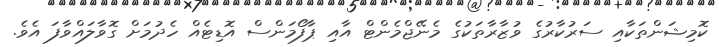
ކޮމިޝަންތަކާއި ސަރުކާރުގެ ވުޒާރާތަކުގެ މެނޭޖްމެންޓް އާއި ޕާފޯމަންސް އޮޑިޓެއް ހެދުމަށް ގޮވާލައްވާފަ އެވެ.